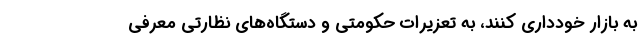
به بازار خودداری کنند، به تعزیرات حکومتی و دستگاه‌های نظارتی معرفی